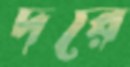
দরে